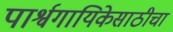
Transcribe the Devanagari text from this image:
पार्श्वगायिकेसाठीचा